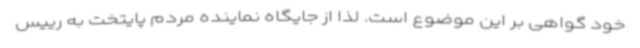
خود گواهی بر این موضوع است. لذا از جایگاه نماینده مردم پایتخت به رییس